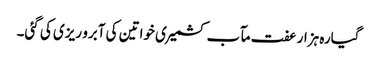
گیارہ ہزار عفت مآب کشمیری خواتین کی آبرو ریزی کی گئی۔